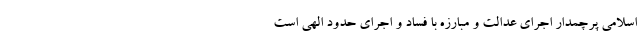
اسلامی پرچمدار اجرای عدالت و مبارزه با فساد و اجرای حدود الهی است